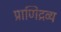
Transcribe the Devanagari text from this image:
प्राणिद्रव्य